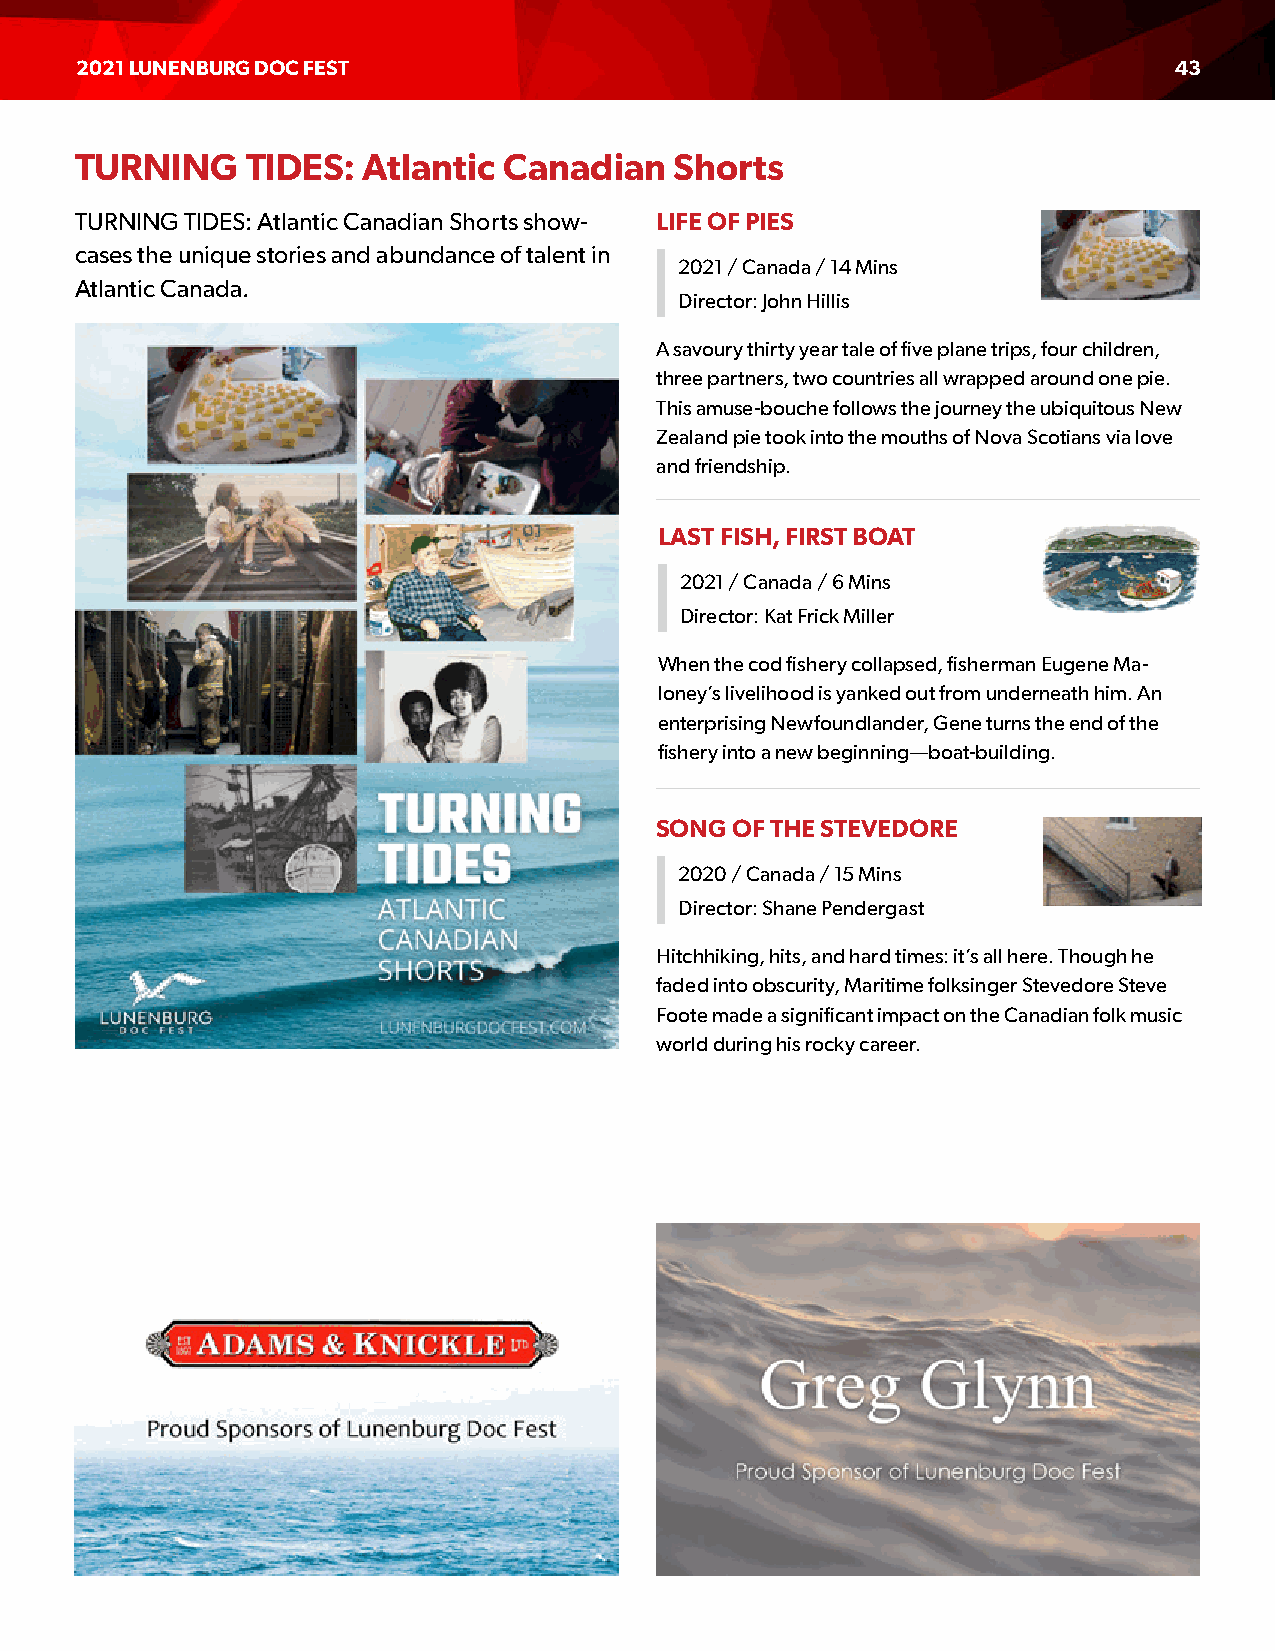
2021 LUNENBURG DOC FEST                                                  43
 TURNING    TIDES:  Atlantic Canadian    Shorts
 TURNING TIDES: Atlantic Canadian Shorts show- LIFE OF PIES
 cases the unique stories and abundance of talent in
 2021 / Canada / 14 Mins
 Atlantic Canada.
 Director: John Hillis
 A savoury thirty year tale of five plane trips, four children,
 three partners, two countries all wrapped around one pie.
 This amuse-bouche follows the journey the ubiquitous New
 Zealand pie took into the mouths of Nova Scotians via love
 and friendship.
 LAST FISH, FIRST BOAT
 2021 / Canada / 6 Mins
 Director: Kat Frick Miller
 When the cod fishery collapsed, fisherman Eugene Ma-
 loney’s livelihood is yanked out from underneath him. An
 enterprising Newfoundlander, Gene turns the end of the
 fishery into a new beginning—boat-building.
 SONG OF THE STEVEDORE
 2020 / Canada / 15 Mins
 Director: Shane Pendergast
 Hitchhiking, hits, and hard times: it’s all here. Though he
 faded into obscurity, Maritime folksinger Stevedore Steve
 Foote made a significant impact on the Canadian folk music
 world during his rocky career.